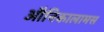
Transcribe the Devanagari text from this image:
औनिकालामस